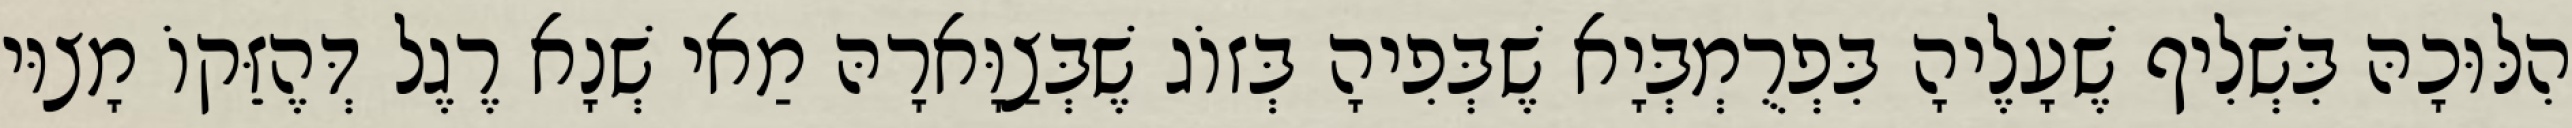
הִלּוּכָהּ בִּשְׁלִיף שֶׁעָלֶיהָ בִּפְרֻמְבְּיָא שֶׁבְּפִיהָ בְּזוֹג שֶׁבְּצַוָּארָהּ מַאי שְׁנָא רֶגֶל דְּהֶזֵּקוֹ מָצוּי